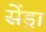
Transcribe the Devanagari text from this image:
सेंड्रा